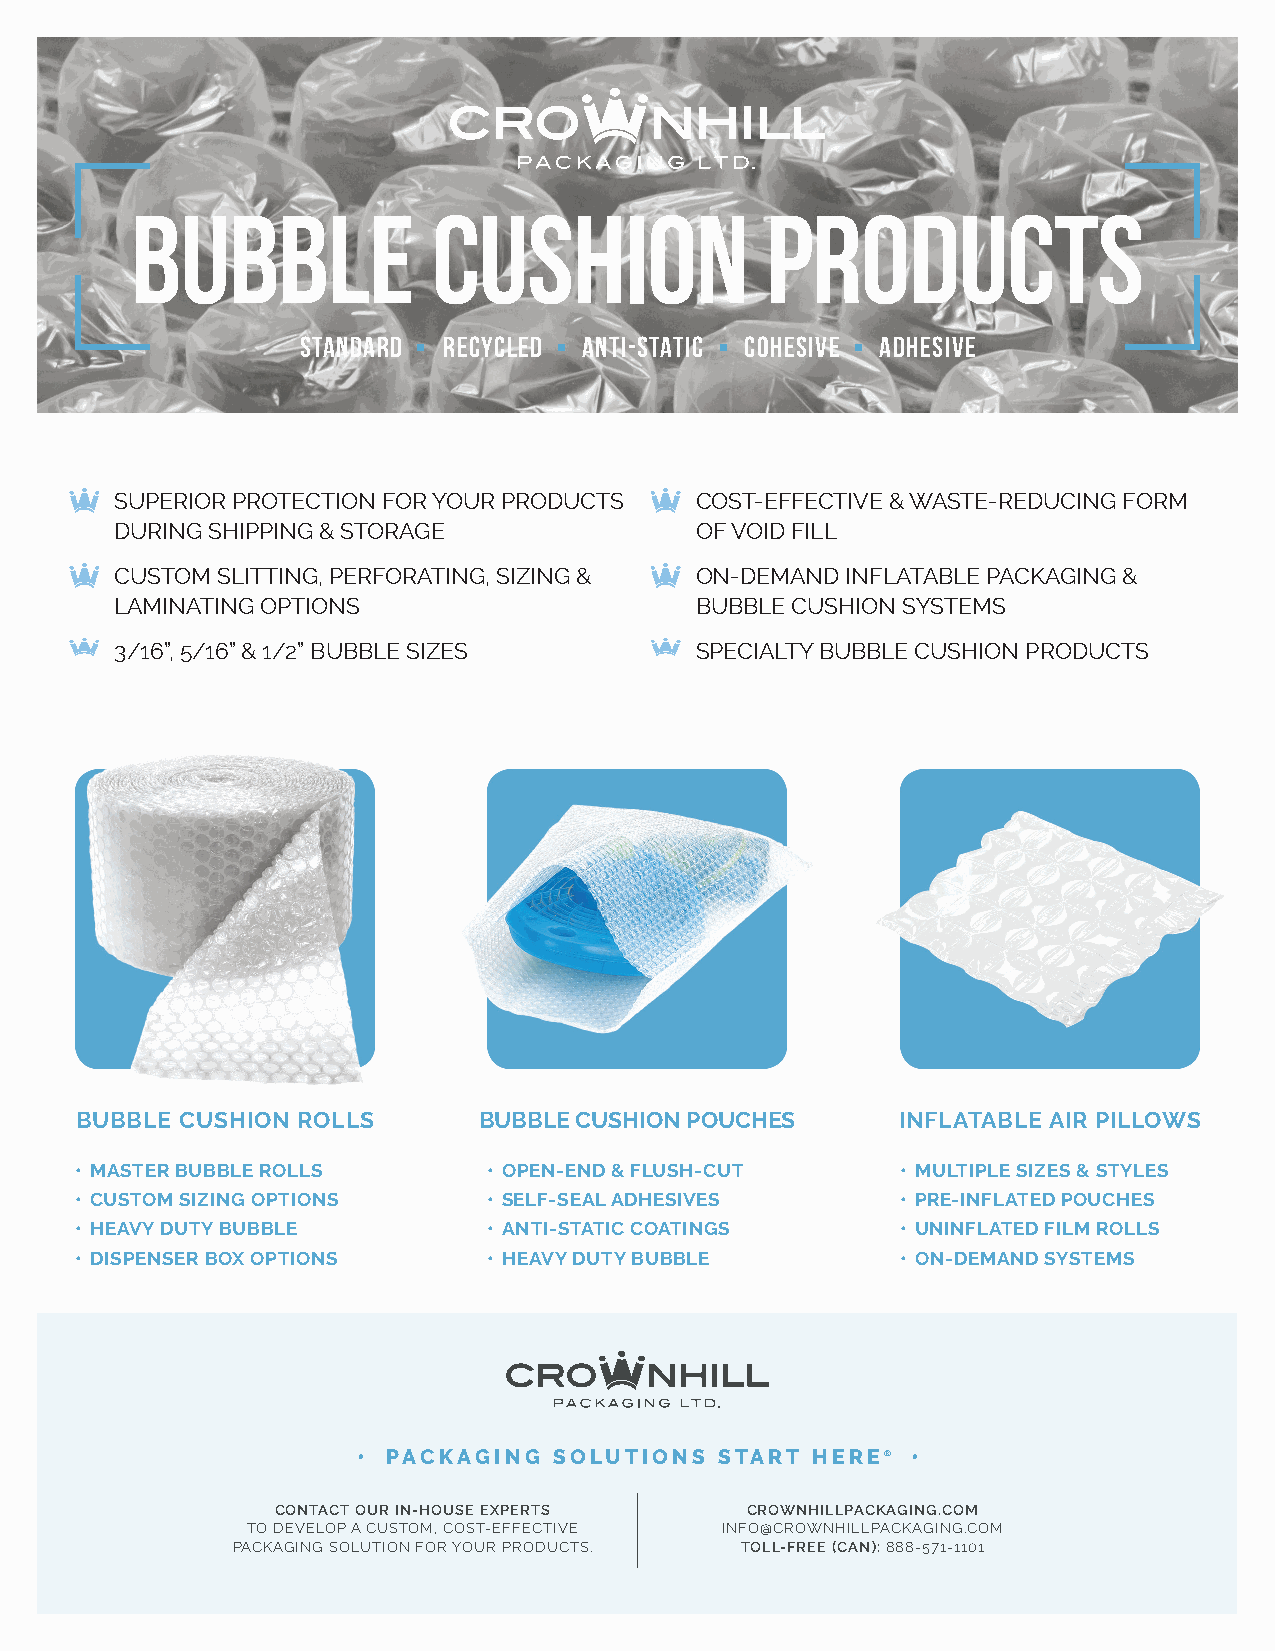
bubble              cushion               products
 .         .         .        .
 STANDARD RECYCLED  ANTI-STATIC COHESIVE ADHESIVE
 SUPERIOR PROTECTION FOR YOUR PRODUCTS COST-EFFECTIVE & WASTE-REDUCING FORM
 DURING SHIPPING & STORAGE             OF VOID FILL
 CUSTOM SLITTING, PERFORATING, SIZING & ON-DEMAND INFLATABLE PACKAGING &
 LAMINATING OPTIONS                    BUBBLE CUSHION SYSTEMS
 3/16”, 5/16” & 1/2” BUBBLE SIZES      SPECIALTY BUBBLE CUSHION PRODUCTS
 BUBBLE CUSHION ROLLS       BUBBLE CUSHION POUCHES     INFLATABLE AIR PILLOWS
 • MASTER BUBBLE ROLLS      • OPEN-END & FLUSH-CUT      • MULTIPLE SIZES & STYLES
 • CUSTOM SIZING OPTIONS    • SELF-SEAL ADHESIVES       • PRE-INFLATED POUCHES
 • HEAVY DUTY BUBBLE        • ANTI-STATIC COATINGS      • UNINFLATED FILM ROLLS
 • DISPENSER BOX OPTIONS    • HEAVY DUTY BUBBLE         • ON-DEMAND SYSTEMS
 • PACKAGING  SOLUTIONS  START HERE® •
 CONTACT OUR IN-HOUSE EXPERTS   CROWNHILLPACKAGING.COM
 TO DEVELOP A CUSTOM, COST-EFFECTIVE INFO@CROWNHILLPACKAGING.COM
 PACKAGING SOLUTION FOR YOUR PRODUCTS. TOLL-FREE (CAN): 888-571-1101